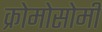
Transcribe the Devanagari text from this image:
क्रोमोसोमी